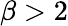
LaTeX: \beta>2